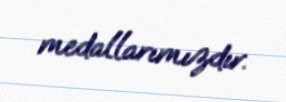
medallarımızdır.